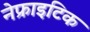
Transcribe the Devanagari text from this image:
नेफ्राइटिक